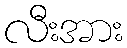
လီးအား